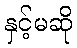
နှင့်မဆို